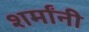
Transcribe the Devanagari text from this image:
शर्मांनी